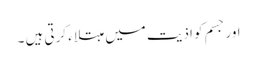
اور جسم کو اذیت میں مبتلاء کرتی ہیں ۔